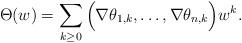
LaTeX: \begin{align*} \Theta(w)= \sum_{k\geq 0} \Big( \nabla\theta_{1,k},\dots,\nabla\theta_{n,k} \Big)w^k.\end{align*}